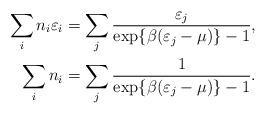
LaTeX: \begin{align*}\sum_i n_i \varepsilon_i &= \sum_j \frac{\varepsilon_j }{\exp\{\beta(\varepsilon_j - \mu)\}-1},\\\sum_i n_i &= \sum_j \frac{1}{\exp\{ \beta(\varepsilon_j - \mu)\} - 1}.\end{align*}